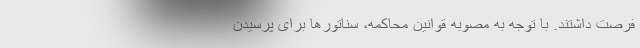
فرصت داشتند. با توجه به مصوبه قوانین محاکمه، سناتورها برای پرسیدن